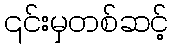
၎င်းမှတစ်ဆင့်